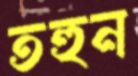
তহুন